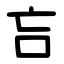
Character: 吂